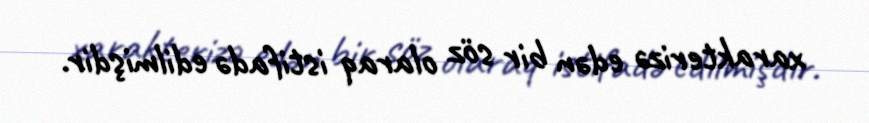
xarakterizə edən bir söz olaraq istifadə edilmişdir.